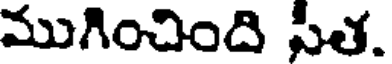
ముగించింది సీత.